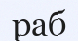
раб